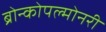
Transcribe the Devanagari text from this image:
ब्रोन्कोपल्मोनरी